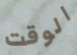
الوقت